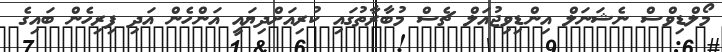
މޯލްޑިވްސް ނެޝަނަލް އިންޑިވިޖުއަލް ޗެސް މުބާރާތުގައި ކުރިއަށްދިޔައީ އަންހެން އަދި ފިރިހެން ބައިގެ